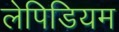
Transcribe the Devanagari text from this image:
लेपिडियम